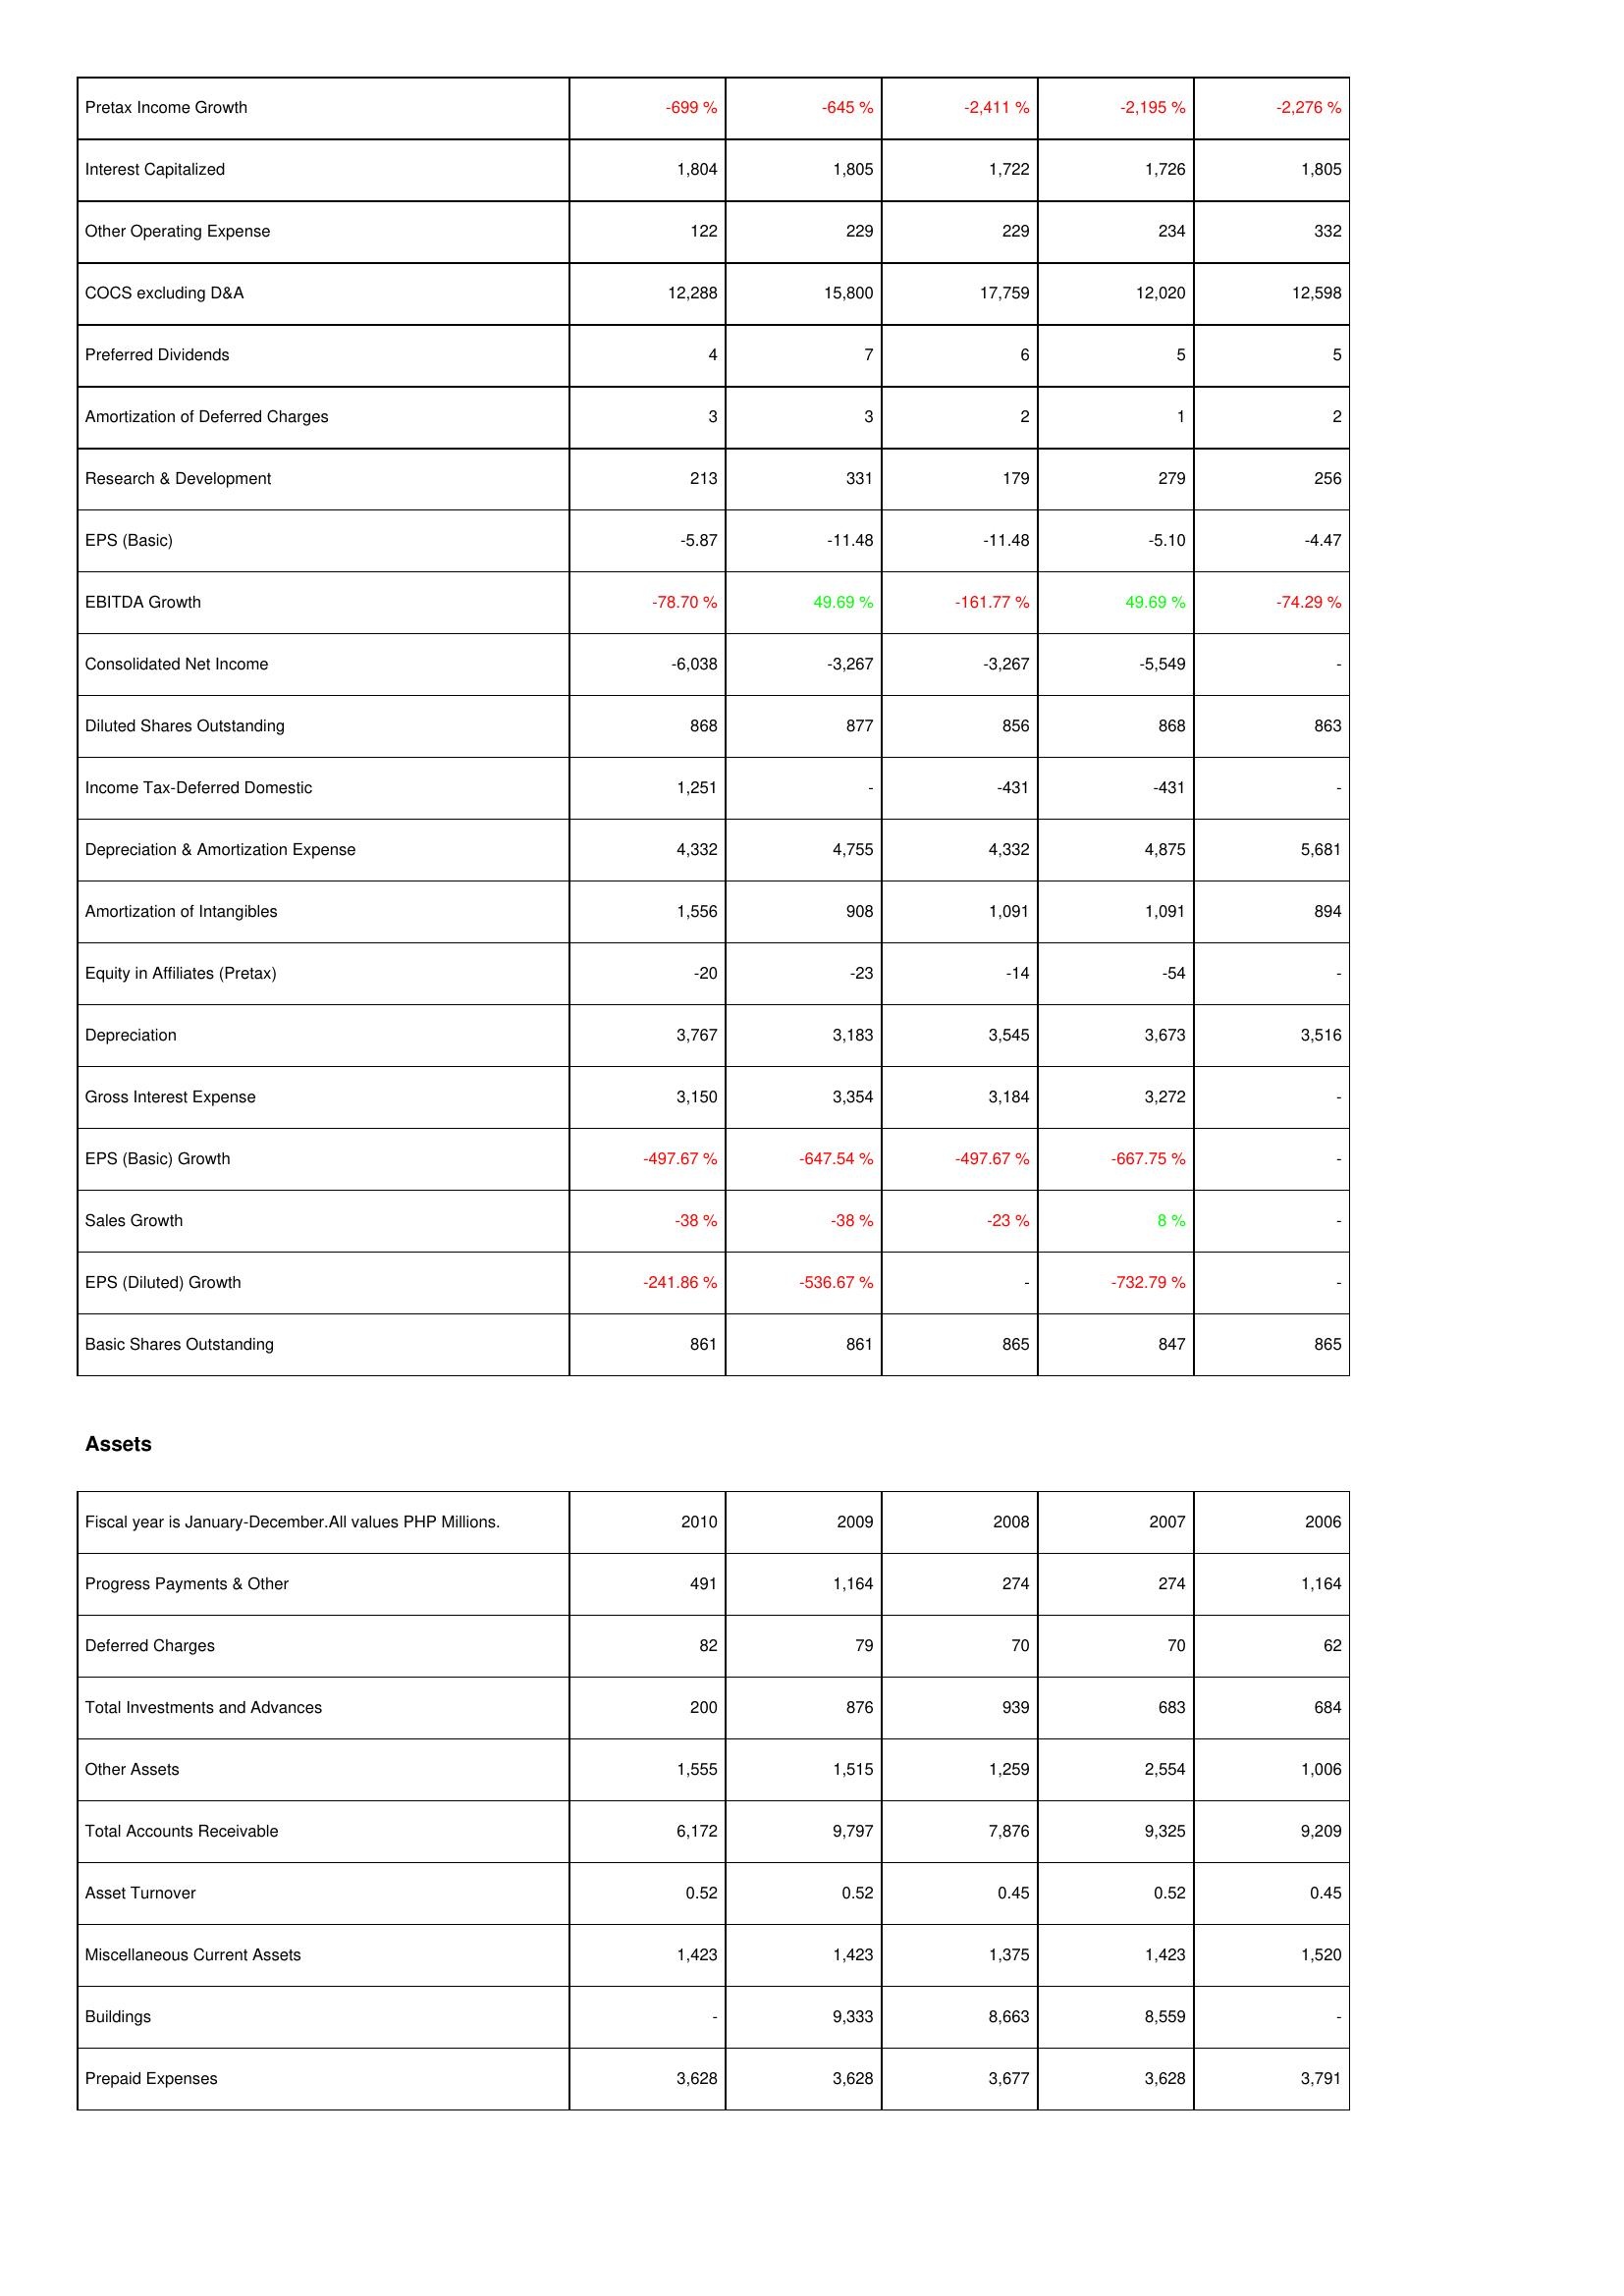
2010: Income Statement: Pretax Income Growth: -699 %
Interest Capitalized: 1,804
Other Operating Expense: 122
COCS excluding D&A: 12,288
Preferred Dividends: 4
Amortization of Deferred Charges: 3
Research & Development: 213
EPS (Basic): -5.87
EBITDA Growth: -78.70 %
Consolidated Net Income: -6,038
Diluted Shares Outstanding: 868
Income Tax-Deferred Domestic: 1,251
Depreciation & Amortization Expense: 4,332
Amortization of Intangibles: 1,556
Equity in Affiliates (Pretax): -20
Depreciation: 3,767
Gross Interest Expense: 3,150
EPS (Basic) Growth: -497.67 %
Sales Growth: -38 %
EPS (Diluted) Growth: -241.86 %
Basic Shares Outstanding: 861
Assets: Progress Payments & Other: 491
Deferred Charges: 82
Total Investments and Advances: 200
Other Assets: 1,555
Total Accounts Receivable: 6,172
Asset Turnover: 0.52
Miscellaneous Current Assets: 1,423
Buildings: -
Prepaid Expenses: 3,628
2009: Income Statement: Pretax Income Growth: -645 %
Interest Capitalized: 1,805
Other Operating Expense: 229
COCS excluding D&A: 15,800
Preferred Dividends: 7
Amortization of Deferred Charges: 3
Research & Development: 331
EPS (Basic): -11.48
EBITDA Growth: 49.69 %
Consolidated Net Income: -3,267
Diluted Shares Outstanding: 877
Income Tax-Deferred Domestic: -
Depreciation & Amortization Expense: 4,755
Amortization of Intangibles: 908
Equity in Affiliates (Pretax): -23
Depreciation: 3,183
Gross Interest Expense: 3,354
EPS (Basic) Growth: -647.54 %
Sales Growth: -38 %
EPS (Diluted) Growth: -536.67 %
Basic Shares Outstanding: 861
Assets: Progress Payments & Other: 1,164
Deferred Charges: 79
Total Investments and Advances: 876
Other Assets: 1,515
Total Accounts Receivable: 9,797
Asset Turnover: 0.52
Miscellaneous Current Assets: 1,423
Buildings: 9,333
Prepaid Expenses: 3,628
2008: Income Statement: Pretax Income Growth: -2,411 %
Interest Capitalized: 1,722
Other Operating Expense: 229
COCS excluding D&A: 17,759
Preferred Dividends: 6
Amortization of Deferred Charges: 2
Research & Development: 179
EPS (Basic): -11.48
EBITDA Growth: -161.77 %
Consolidated Net Income: -3,267
Diluted Shares Outstanding: 856
Income Tax-Deferred Domestic: -431
Depreciation & Amortization Expense: 4,332
Amortization of Intangibles: 1,091
Equity in Affiliates (Pretax): -14
Depreciation: 3,545
Gross Interest Expense: 3,184
EPS (Basic) Growth: -497.67 %
Sales Growth: -23 %
EPS (Diluted) Growth: -
Basic Shares Outstanding: 865
Assets: Progress Payments & Other: 274
Deferred Charges: 70
Total Investments and Advances: 939
Other Assets: 1,259
Total Accounts Receivable: 7,876
Asset Turnover: 0.45
Miscellaneous Current Assets: 1,375
Buildings: 8,663
Prepaid Expenses: 3,677
2007: Income Statement: Pretax Income Growth: -2,195 %
Interest Capitalized: 1,726
Other Operating Expense: 234
COCS excluding D&A: 12,020
Preferred Dividends: 5
Amortization of Deferred Charges: 1
Research & Development: 279
EPS (Basic): -5.10
EBITDA Growth: 49.69 %
Consolidated Net Income: -5,549
Diluted Shares Outstanding: 868
Income Tax-Deferred Domestic: -431
Depreciation & Amortization Expense: 4,875
Amortization of Intangibles: 1,091
Equity in Affiliates (Pretax): -54
Depreciation: 3,673
Gross Interest Expense: 3,272
EPS (Basic) Growth: -667.75 %
Sales Growth: 8 %
EPS (Diluted) Growth: -732.79 %
Basic Shares Outstanding: 847
Assets: Progress Payments & Other: 274
Deferred Charges: 70
Total Investments and Advances: 683
Other Assets: 2,554
Total Accounts Receivable: 9,325
Asset Turnover: 0.52
Miscellaneous Current Assets: 1,423
Buildings: 8,559
Prepaid Expenses: 3,628
2006: Income Statement: Pretax Income Growth: -2,276 %
Interest Capitalized: 1,805
Other Operating Expense: 332
COCS excluding D&A: 12,598
Preferred Dividends: 5
Amortization of Deferred Charges: 2
Research & Development: 256
EPS (Basic): -4.47
EBITDA Growth: -74.29 %
Consolidated Net Income: -
Diluted Shares Outstanding: 863
Income Tax-Deferred Domestic: -
Depreciation & Amortization Expense: 5,681
Amortization of Intangibles: 894
Equity in Affiliates (Pretax): -
Depreciation: 3,516
Gross Interest Expense: -
EPS (Basic) Growth: -
Sales Growth: -
EPS (Diluted) Growth: -
Basic Shares Outstanding: 865
Assets: Progress Payments & Other: 1,164
Deferred Charges: 62
Total Investments and Advances: 684
Other Assets: 1,006
Total Accounts Receivable: 9,209
Asset Turnover: 0.45
Miscellaneous Current Assets: 1,520
Buildings: -
Prepaid Expenses: 3,791